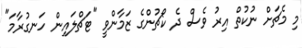
މި މެޗަށް ނުކުތް އިރު ވެސް ދެ ކޯޗުންގެ ޒަމާންވީ "ޓަޗްލައިން ހަނގުރާމަ"